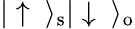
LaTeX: |\uparrow\ \rangle_{\mathrm{s}}|\downarrow\ \rangle_{\mathrm{o}}